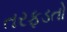
તરફડતો